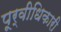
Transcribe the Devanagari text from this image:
पूर्वीधिकारी